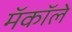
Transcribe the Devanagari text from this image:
मॅकॉले